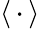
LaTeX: \langle\, \cdot\, \rangle